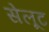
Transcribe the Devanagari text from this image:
सेलूट